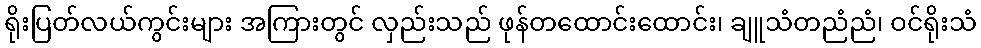
ရိုးပြတ်လယ်ကွင်းများ အကြားတွင် လှည်းသည် ဖုန်တထောင်းထောင်း၊ ချူသံတညံညံ၊ ဝင်ရိုးသံ